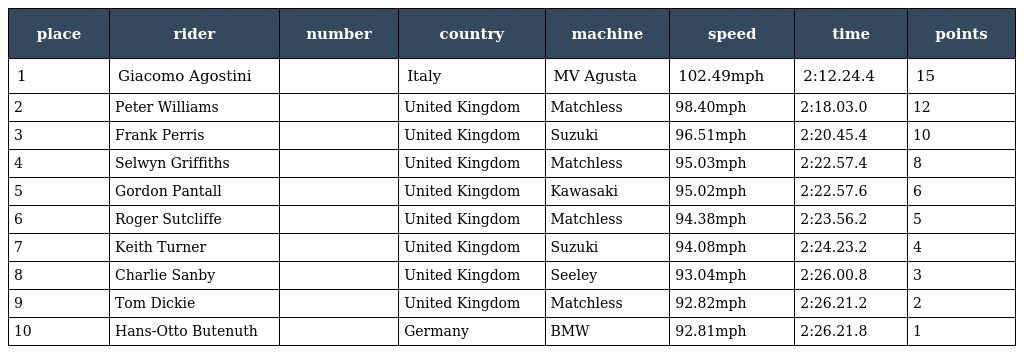
| place | rider | number | country | machine | speed | time | points |
 | --- | --- | --- | --- | --- | --- | --- | --- |
 | 1 | Giacomo Agostini |  | Italy | MV Agusta | 102.49mph | 2:12.24.4 | 15 |
 | 2 | Peter Williams |  | United Kingdom | Matchless | 98.40mph | 2:18.03.0 | 12 |
 | 3 | Frank Perris |  | United Kingdom | Suzuki | 96.51mph | 2:20.45.4 | 10 |
 | 4 | Selwyn Griffiths |  | United Kingdom | Matchless | 95.03mph | 2:22.57.4 | 8 |
 | 5 | Gordon Pantall |  | United Kingdom | Kawasaki | 95.02mph | 2:22.57.6 | 6 |
 | 6 | Roger Sutcliffe |  | United Kingdom | Matchless | 94.38mph | 2:23.56.2 | 5 |
 | 7 | Keith Turner |  | United Kingdom | Suzuki | 94.08mph | 2:24.23.2 | 4 |
 | 8 | Charlie Sanby |  | United Kingdom | Seeley | 93.04mph | 2:26.00.8 | 3 |
 | 9 | Tom Dickie |  | United Kingdom | Matchless | 92.82mph | 2:26.21.2 | 2 |
 | 10 | Hans-Otto Butenuth |  | Germany | BMW | 92.81mph | 2:26.21.8 | 1 |